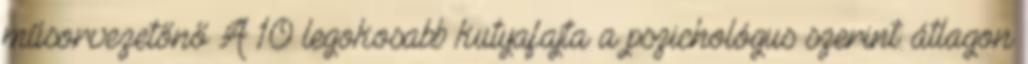
műsorvezetőnő A 10 legokosabb kutyafajta a pszichológus szerint: átlagon